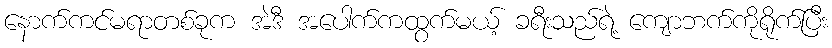
နောက်ကင်မရာတစ်ခုက အဲဒီ အပေါက်ကထွက်မယ့် ခရီးသည်ရဲ့ ကျောဘက်ကိုရိုက်ပြီး